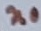
Text: n0